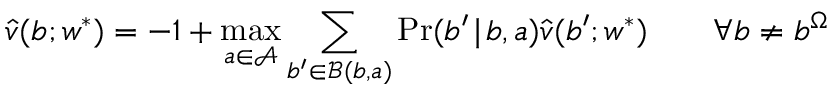
\hat { v } ( b ; \boldsymbol { w } ^ { * } ) = - 1 + \operatorname* { m a x } _ { a \in \mathcal { A } } \sum _ { b ^ { \prime } \in \mathcal { B } ( b , a ) } \operatorname* { P r } ( b ^ { \prime } \! \mid \! b , a ) \hat { v } ( b ^ { \prime } ; \boldsymbol { w } ^ { * } ) \qquad \forall b \neq b ^ { \Omega }